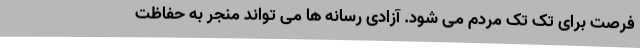
فرصت برای تک تک مردم می شود. آزادی رسانه ها می تواند منجر به حفاظت